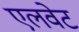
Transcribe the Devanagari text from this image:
एलवेट